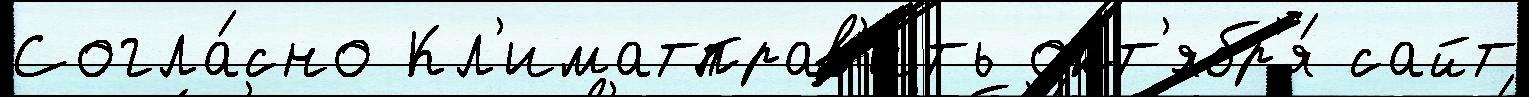
Согла́сно Кл'иматправ'ить окт'ябр'я́ сайт